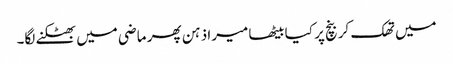
میں تھک کر بنچ پر کیا بیٹھا میرا ذہن پھر ماضی میں بھٹکنے لگا۔